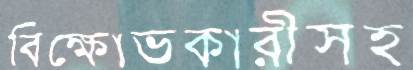
বিক্ষোভকারীসহ